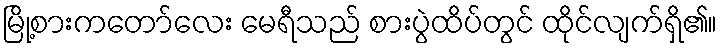
မြို့စားကတော်လေး မေရီသည် စားပွဲထိပ်တွင် ထိုင်လျက်ရှိ၏။